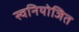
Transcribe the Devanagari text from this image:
स्वनियोजित